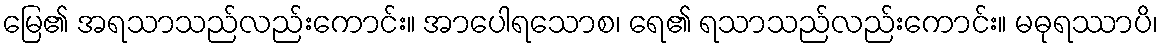
မြေ၏ အရသာသည်လည်းကောင်း။ အာပေါရသောစ၊ ရေ၏ ရသာသည်လည်းကောင်း။ မဓုရဿာပိ၊